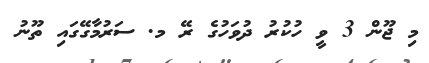
މި ޖޫން 3 ވީ ހުކުރު ދުވަހުގެ ރޭ މ. ސަރުމާގޭގައި ތޫނު